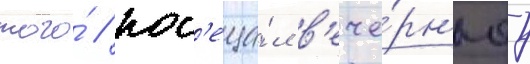
того́ / пос'еща́л в'ече́рн'юу